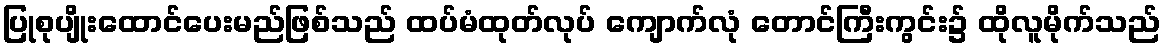
ပြုစုပျိုးထောင်ပေးမည်ဖြစ်သည် ထပ်မံထုတ်လုပ် ကျောက်လုံ တောင်ကြီးကွင်း၌ ထိုလူမိုက်သည်